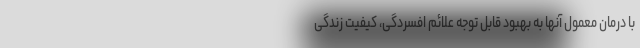
با درمان معمول آنها به بهبود قابل توجه علائم افسردگی، کیفیت زندگی